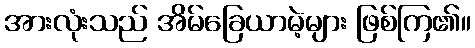
အားလုံးသည် အိမ်ခြေယာမဲ့များ ဖြစ်ကြ၏။